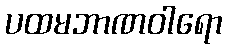
ပထမဘာဏဝါရော